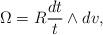
LaTeX: \begin{align*}\Omega = R \frac {dt}{t} \wedge dv,\end{align*}